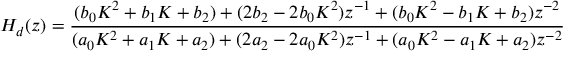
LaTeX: H _ { d } ( z ) = { \frac { ( b _ { 0 } K ^ { 2 } + b _ { 1 } K + b _ { 2 } ) + ( 2 b _ { 2 } - 2 b _ { 0 } K ^ { 2 } ) z ^ { - 1 } + ( b _ { 0 } K ^ { 2 } - b _ { 1 } K + b _ { 2 } ) z ^ { - 2 } } { ( a _ { 0 } K ^ { 2 } + a _ { 1 } K + a _ { 2 } ) + ( 2 a _ { 2 } - 2 a _ { 0 } K ^ { 2 } ) z ^ { - 1 } + ( a _ { 0 } K ^ { 2 } - a _ { 1 } K + a _ { 2 } ) z ^ { - 2 } } }